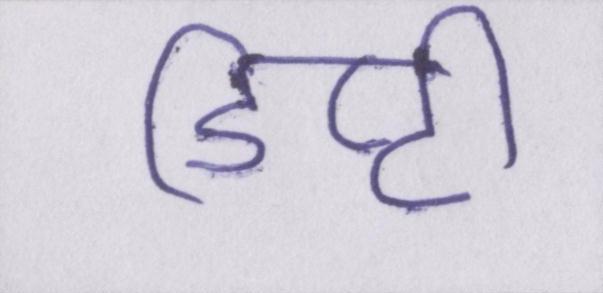
डिप्टी